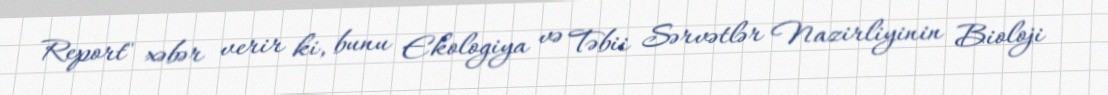
Report" xəbər verir ki, bunu Ekologiya və Təbii Sərvətlər Nazirliyinin Bioloji